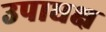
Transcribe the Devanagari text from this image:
उपाधक्ष